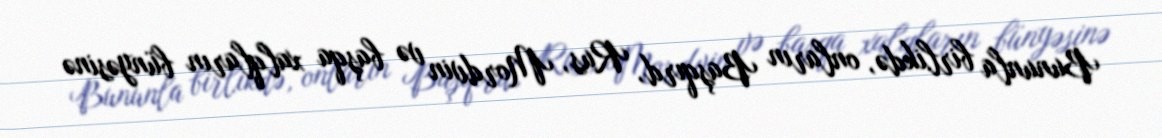
Bununla birlikdə, onların Başqırd, Rus, Mordvin və başqa xalqların bünyəsinə